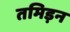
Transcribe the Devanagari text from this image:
तमिड़न